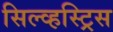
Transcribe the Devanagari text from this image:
सिल्व्हस्ट्रिस